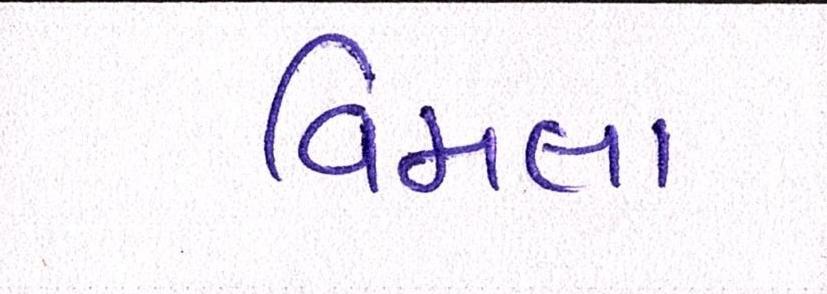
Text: વિમલા